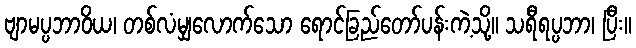
ဗျာမပ္ပဘာဝိယ၊ တစ်လံမျှလောက်သော ရောင်ခြည်တော်ပန်းကဲ့သို့။ သရီရပ္ပဘာ၊ ပြီး။